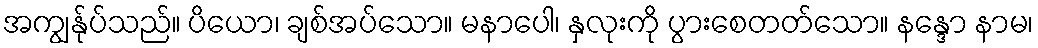
အကျွန်ုပ်သည်။ ပိယော၊ ချစ်အပ်သော။ မနာပေါ၊ နှလုးကို ပွားစေတတ်သော။ နန္ဒော နာမ၊